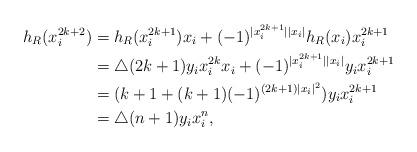
LaTeX: \begin{align*}h_R(x_i^{2k+2})&=h_R(x_i^{2k+1})x_i+(-1)^{|x_i^{2k+1}||x_i|}h_R(x_i)x_i^{2k+1}\\&=\bigtriangleup (2k+1)y_ix_i^{2k}x_i+(-1)^{|x_i^{2k+1}||x_i|}y_ix_i^{2k+1}\\&=(k+1+(k+1)(-1)^{(2k+1)|x_i|^2})y_ix_i^{2k+1}\\&=\bigtriangleup (n+1)y_ix_i^{n},\\\end{align*}